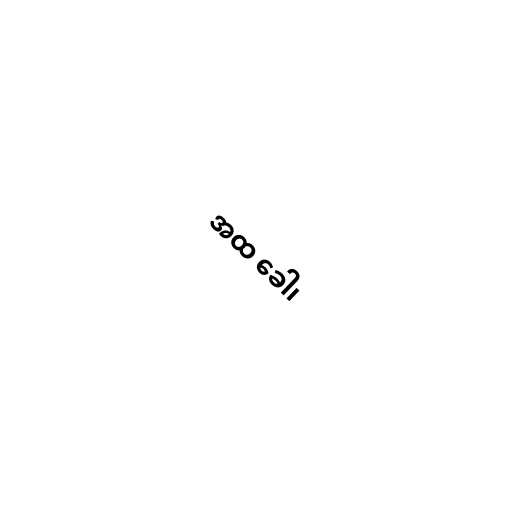
အထ ခေါ၊